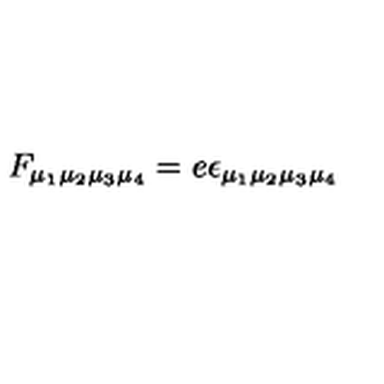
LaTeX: F _ { \mu _ { 1 } \mu _ { 2 } \mu _ { 3 } \mu _ { 4 } } = e \epsilon _ { \mu _ { 1 } \mu _ { 2 } \mu _ { 3 } \mu _ { 4 } }